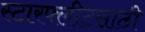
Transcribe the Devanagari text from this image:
स्टारफ्लीटसाठी